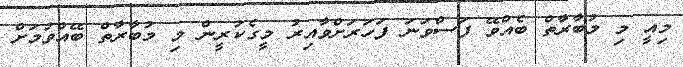
މިއީ މި މުބާރާތް ބެއްވޭ ފަސްވަނަ ފަހަރަށްވާއިރު މީގެކުރީން މި މުބާރާތް ބޭއްވުމަށް